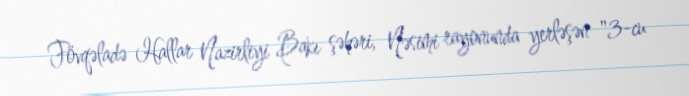
Fövqəladə Hallar Nazirliyi Bakı şəhəri, Nəsimi rayonunda yerləşən "3-cu